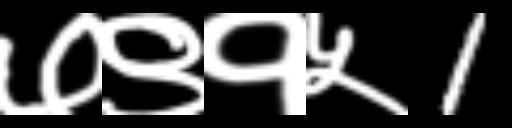
Text: ७९१५1